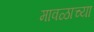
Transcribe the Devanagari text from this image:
मावळाच्या